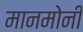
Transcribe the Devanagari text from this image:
मानमोनी